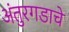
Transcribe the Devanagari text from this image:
अंतुरगडाचे